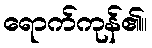
ရောက်ကုန်၏။